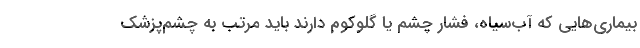
بیماری‌هایی که آب‌سیاه، فشار چشم یا گلوکوم دارند باید مرتب به چشم‌پزشک